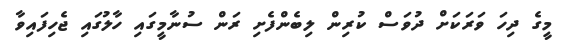
މީގެ ދިހަ ވަރަކަށް ދުވަސް ކުރިން ލިބެންފެށި ރަން ސުނާމީގައި ހާލުގައި ޖެހިފައިވާ